Annual vaccination report of Bihar and Orissa - 1911-1928
Year: 1911
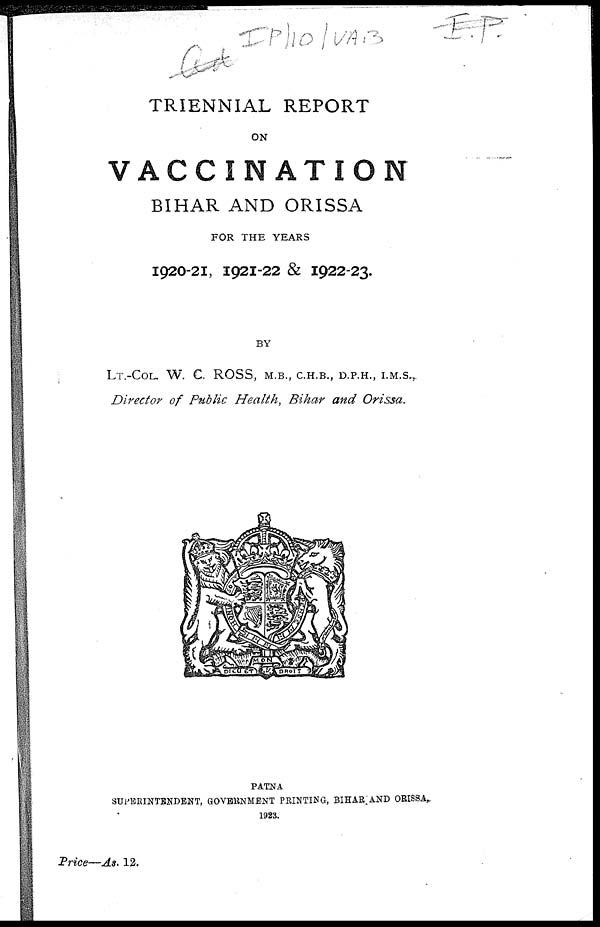
TRIENNIAL REPORT
ON
VACCINATION
BIHAR AND ORISSA
FOR THE YEARS
1920-21, 1921-22 & 1922-23.
BY
LT.-COL. W. C. ROSS, M.B., C.H.B., D.P.H., I.M.S.,
Director of Public Health, Bihar and Orissa.
PATNA
SUPERINTENDENT, GOVERNMENT PRINTING, BIHAR AND ORISSA,
1923.
Price—As. 12.